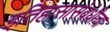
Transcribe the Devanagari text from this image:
इतिहासासंबंधीचा